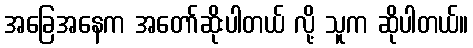
အခြေအနေက အတော်ဆိုးပါတယ် လို့ သူက ဆိုပါတယ်။